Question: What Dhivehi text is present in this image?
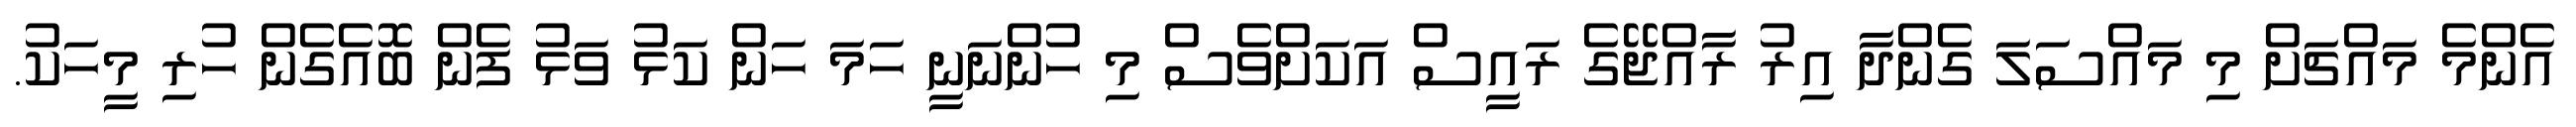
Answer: އެންމެ މައްޗަށް މި މައްސަލަ ގެންދާ އިރު ރާއްޖޭގެ ރައީސް އަކަށްވެސް މި ހުންނަނީ ހަމަ ހަން ކަޅު ވަޅު ފެން ބޮއެގެން ހުރި މީހަކު.